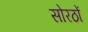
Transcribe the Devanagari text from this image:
सोरठों